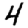
Digit: 4